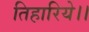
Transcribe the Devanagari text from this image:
तिहारिये।।